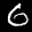
Label: 6